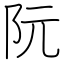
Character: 阮